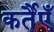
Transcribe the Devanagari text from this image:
कर्तैएँ